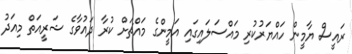
ރައީސް ޔާމީން ހައްޔަރުކުރި މައްސަލައިގައި އަމީންގެ މައްޗަށް ކުރާ ދައުވާގެ ޝަރީއަތް މިއަދު